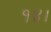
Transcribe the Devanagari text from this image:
१४।